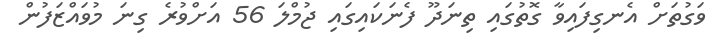
ވަގުތަށް އެނގިފައިވާ ގޮތުގައި ތިނަދޫ ފެނަކައިގައި ޖުމްލަ 56 އަށްވުރެ ގިނަ މުވައްޒަފުން